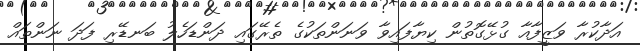
އަދާކުރާ ވަޒީފާއާ ގުޅޭގޮތުން ކިޔާފައިވާ ވަނަންތަކުގެ ތެރޭގައި ދަންޑަހެލު ބަނޑޭރި ފަދަ ނަންތައް